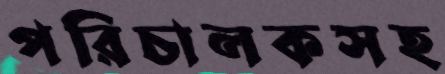
পরিচালকসহ